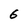
Character: 6